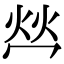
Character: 𤇾